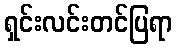
ရှင်းလင်းတင်ပြရာ